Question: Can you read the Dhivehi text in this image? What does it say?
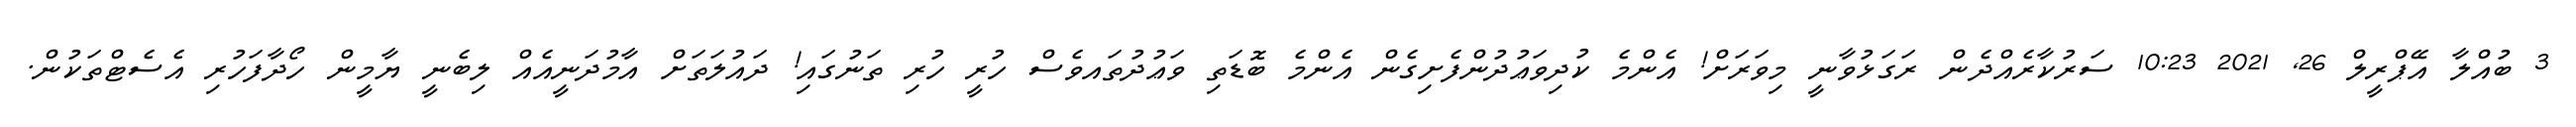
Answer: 3 ބުއްލާ އޭޕްރީލް 26, 2021 10:23 ސަރުކާރެއްދެން ރަގަޅުވާނީ މިވަރަށް! އެންމެ ކުދިވަޢުދުންފެށިގެން އެންމެ ބޮޑަތި ވަޢުދުތައވެސް ހުރީ ހުރި ތަނުގައި! ދައުލަތަށް އާމުދަނީއެއް ލިބެނީ ޔާމީން ހޯދާފަހުރި އެސެޓްތަކުން.